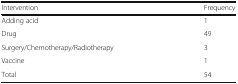
| Intervention | Frequency |
 | --- | --- |
 | Adding acid | 1 |
 | Drug | 49 |
 | Surgery/Chemotherapy/Radiotherapy | 3 |
 | Vaccine | 1 |
 | Total | 54 |